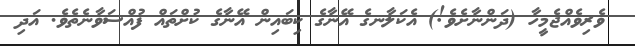
ވެރިވެއްޖެމީހާ (ދަންނާށެވެ!) އެކަލާނގެ އޭނާގެ ކިބައިން އޭނާގެ ކުށްތައް ފުއްސަވާނެތެވެ. އަދި